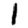
Digit: 1